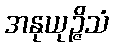
အနုယုဉ္ဇိသံ